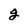
Character: g